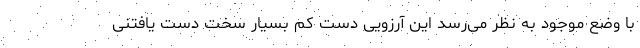
با وضع موجود به نظر می‌رسد این آرزویی دست کم بسیار سخت دست یافتنی